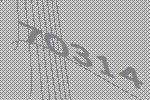
70314